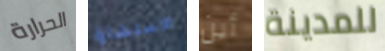
الحرارة الاستشارة أين للمدينة